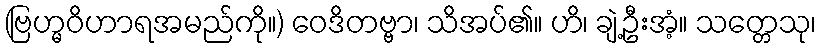
(ဗြဟ္မဝိဟာရအမည်ကို။) ဝေဒိတဗ္ဗာ၊ သိအပ်၏။ ဟိ၊ ချဲ့ဦးအံ့။ သတ္တေသု၊